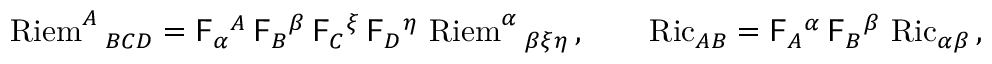
\operatorname { R i e m } ^ { A } { } _ { B C D } = \mathsf { F } _ { \alpha } { } ^ { A } \, \mathsf { F } _ { B } { } ^ { \beta } \, \mathsf { F } _ { C } { } ^ { \xi } \, \mathsf { F } _ { D } { } ^ { \eta } \, \operatorname { R i e m } ^ { \alpha } { } _ { \beta \xi \eta } \, , \qquad \operatorname { R i c } _ { A B } = \mathsf { F } _ { A } { } ^ { \alpha } \, \mathsf { F } _ { B } { } ^ { \beta } \, \operatorname { R i c } _ { \alpha \beta } \, ,